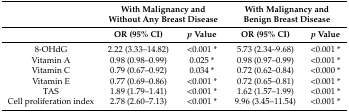
<table><thead><tr><td>[EMPTY_CELL]</td><td colspan="2"><b>With Malignancy and Without Any Breast Disease</b></td><td colspan="2"><b>With Malignancy and Benign Breast Disease</b></td></tr><tr><td>[EMPTY_CELL]</td><td><b>OR (95% CI)</b></td><td><b><i>p</i> value</b></td><td><b>OR (95% CI)</b></td><td><b><i>p</i> value</b></td></tr></thead><tbody><tr><td>8-OHdG</td><td>2.22 (3.33–14.82)</td><td>&lt;0.001*</td><td>5.73 (2.34–9.68)</td><td>&lt;0.001*</td></tr><tr><td>Vitamin A</td><td>0.98 (0.98–0.99) </td><td>0.025*</td><td>0.98 (0.97–0.99) </td><td>&lt;0.001*</td></tr><tr><td>Vitamin C</td><td>0.79 (0.67–0.92) </td><td>0.034*</td><td>0.72 (0.62–0.84) </td><td>&lt;0.000*</td></tr><tr><td>Vitamin E</td><td>0.77 (0.69–0.86) </td><td>&lt;0.001*</td><td>0.72 (0.65–0.81) </td><td>&lt;0.001*</td></tr><tr><td>TAS</td><td>1.89 (1.79–1.41)</td><td>&lt;0.001*</td><td>1.62 (1.57–1.99)</td><td>&lt;0.001*</td></tr><tr><td>Cell proliferation index</td><td>2.78 (2.60–7.13)</td><td>&lt;0.001*</td><td>9.96 (3.45–11.54)</td><td>&lt;0.001*</td></tr></tbody></table>